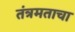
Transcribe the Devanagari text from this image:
तंत्रमताचा